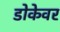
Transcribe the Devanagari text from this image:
डोकेवर